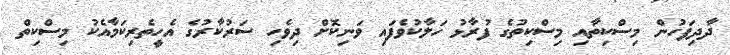
ދާދިފަހުން މިސްކިތާއި މިސްކިތުގެ ފުރާޅު ހަލާކުވެފައި ވަނިކޮށް ދިވެހި ސަރުކާރުގެ އެހީތެރިކަމާއެކު މިސްކިތް